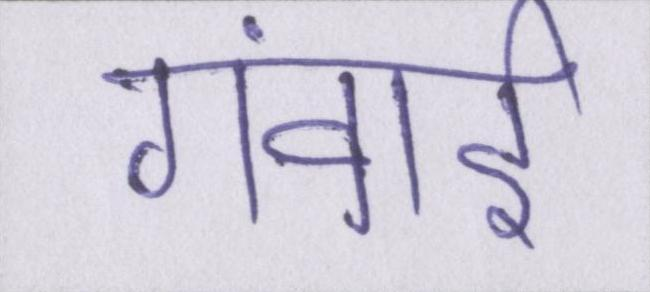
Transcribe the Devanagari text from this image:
गंवाई